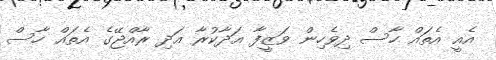
އެއީ އެތައް ހާސް ދިވެހިން ވަޒީފާ އަދާކުރާ އަދި ރާއްޖޭގެ އެތައް ހާސް